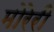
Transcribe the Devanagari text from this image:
मोरेरी